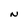
Character: N